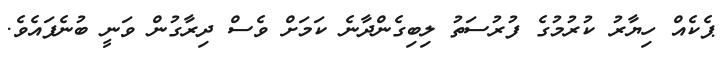
ޕެކެއް ހިޔާރު ކުރުމުގެ ފުރުސަތު ލިބިގެންދާނެ ކަމަށް ވެސް ދިރާގުން ވަނީ ބުނެފައެވެ.